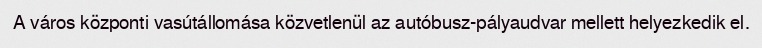
A város központi vasútállomása közvetlenül az autóbusz-pályaudvar mellett helyezkedik el.